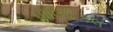
પૉલિટિકલ